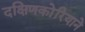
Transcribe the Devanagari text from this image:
दक्षिणकोरियाने